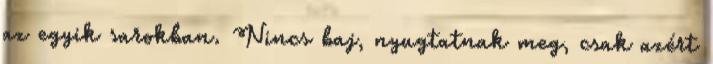
az egyik sarokban. Nincs baj, nyugtatnak meg, csak azért